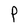
Character: P